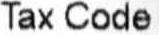
TAX CODE